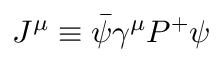
J ^ { \mu } \equiv \bar { \psi } \gamma ^ { \mu } P ^ { + } \psi